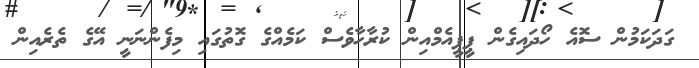
ގަދަކަމުން ސޮއެ ހޯދައިގެން ޕީޕީއެމްއިން ކުރާހާވެސް ކަމެއްގެ ގޮތުގައި މިފެންނަނީ އޭގެ ތެރެއިން